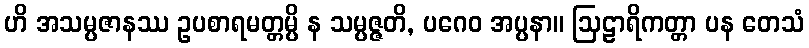
ဟိ အသမ္ပဇာနဿ ဥပစာရမတ္တမ္ပိ န သမ္ပဇ္ဇတိ, ပဂေဝ အပ္ပနာ။ ဩဠာရိကတ္တာ ပန တေသံ